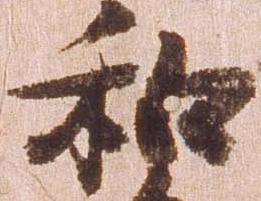
和